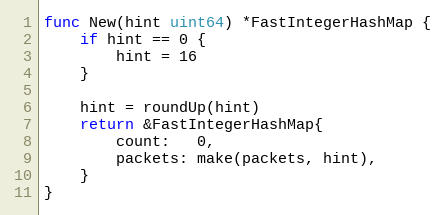
Language: Go
func New(hint uint64) *FastIntegerHashMap {
	if hint == 0 {
		hint = 16
	}

	hint = roundUp(hint)
	return &FastIntegerHashMap{
		count:   0,
		packets: make(packets, hint),
	}
}